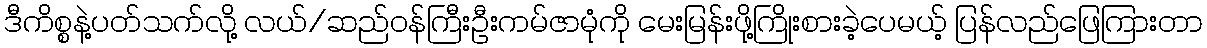
ဒီကိစ္စနဲ့ပတ်သက်လို့ လယ်/ဆည်ဝန်ကြီးဦးကမ်ဇာမုံကို မေးမြန်းဖို့ကြိုးစားခဲ့ပေမယ့် ပြန်လည်ဖြေကြားတာ